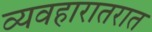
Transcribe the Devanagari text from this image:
व्यवहारातरात